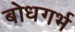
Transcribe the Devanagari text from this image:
बोधगर्भ